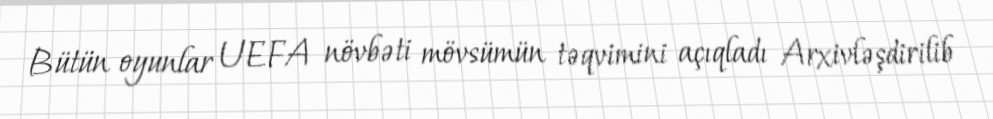
Bütün oyunlar UEFA növbəti mövsümün təqvimini açıqladı Arxivləşdirilib